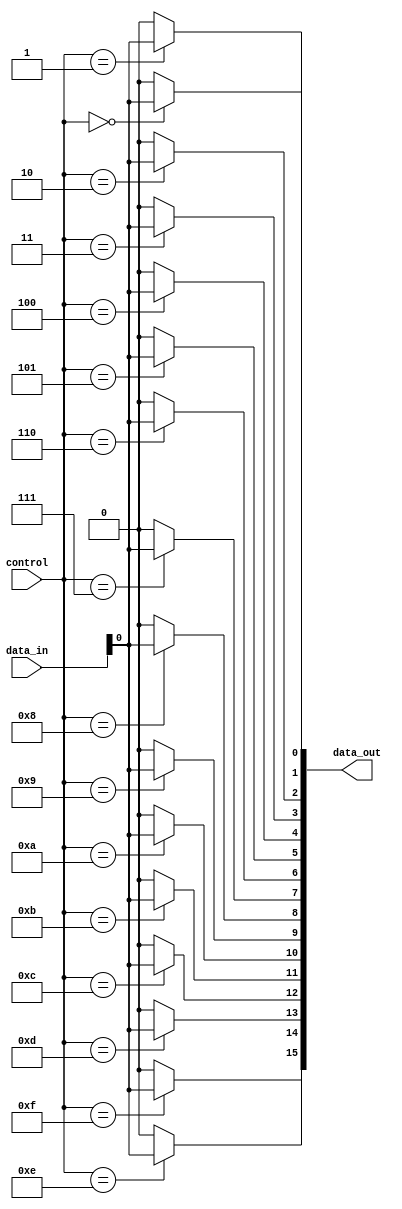
module demux_4to16 (
    input [3:0] control,
    input [15:0] data_in,
    output [15:0] data_out
);

assign data_out[0] = (control == 4'b0000) ? data_in : 16'b0;
assign data_out[1] = (control == 4'b0001) ? data_in : 16'b0;
assign data_out[2] = (control == 4'b0010) ? data_in : 16'b0;
assign data_out[3] = (control == 4'b0011) ? data_in : 16'b0;
assign data_out[4] = (control == 4'b0100) ? data_in : 16'b0;
assign data_out[5] = (control == 4'b0101) ? data_in : 16'b0;
assign data_out[6] = (control == 4'b0110) ? data_in : 16'b0;
assign data_out[7] = (control == 4'b0111) ? data_in : 16'b0;
assign data_out[8] = (control == 4'b1000) ? data_in : 16'b0;
assign data_out[9] = (control == 4'b1001) ? data_in : 16'b0;
assign data_out[10] = (control == 4'b1010) ? data_in : 16'b0;
assign data_out[11] = (control == 4'b1011) ? data_in : 16'b0;
assign data_out[12] = (control == 4'b1100) ? data_in : 16'b0;
assign data_out[13] = (control == 4'b1101) ? data_in : 16'b0;
assign data_out[14] = (control == 4'b1110) ? data_in : 16'b0;
assign data_out[15] = (control == 4'b1111) ? data_in : 16'b0;

endmodule